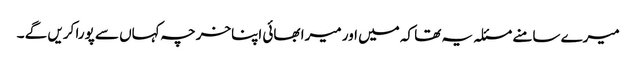
میرے سامنے مسئلہ یہ تھا کہ میں اور میرا بھائی اپناخرچہ کہاں سے پورا کریں گے ۔